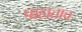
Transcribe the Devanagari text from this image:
पाहाताच